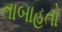
તાબાહતો